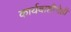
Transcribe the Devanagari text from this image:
कार्यवाहीचेही